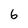
Character: 6